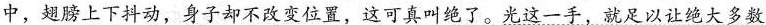
中，翅膀上下抖动，身子却不改变位置，这可真叫绝了。光这一手，就足以让绝大多数